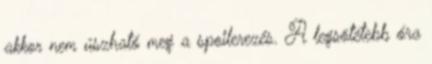
akkor nem úszható meg a spoilerezés. A legsötétebb óra